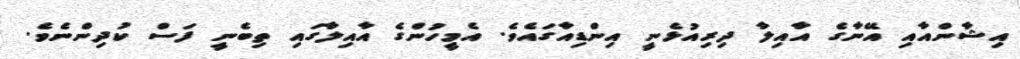
އިޝާންއާއި އޭނާގެ އާއިލާ ދިރިއުޅެނީ އިންޑިއާގައެވެ. އެމީހުންގެ އާއިލާގައި ތިބެނީ ފަސް ކުދިންނެވެ.